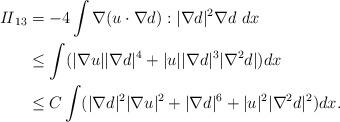
LaTeX: \begin{align*}\begin{aligned}{I\!I}_{13}&=-4\int \nabla (u \cdot \nabla d):|\nabla d|^2 \nabla d \ dx\\ &\le \int (|\nabla u| |\nabla d|^4+ |u| |\nabla d|^3 |\nabla^2 d|)dx\\ &\le C\int (|\nabla d|^2 |\nabla u|^2 +|\nabla d|^6 +|u|^2 |\nabla^2 d|^2) dx.\end{aligned}\end{align*}